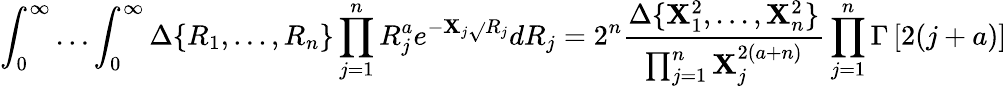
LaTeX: \int_{0}^{\infty}\ldots\int_{0}^{\infty}\Delta\{ R_{1},...,R_{n}\} \prod_{j=1}^{n}R_{j}^{a}e^{-\mathbf{X}_{j}\sqrt{}{{R_{j}}}}dR_{j}=2^{n}\frac{{\Delta\{ \mathbf{X}_{1}^{2},...,\mathbf{X}_{n}^{2}\} }}{{\prod_{j=1}^{n}\mathbf{X}_{j}^{2(a+n)}}}\prod_{j=1}^{n}\Gamma\left[2(j+a)\right]